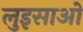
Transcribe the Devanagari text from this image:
लुइसाओ